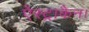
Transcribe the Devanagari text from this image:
ऐस्ट्राकैन।